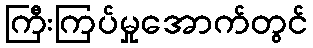
ကြီးကြပ်မှုအောက်တွင်